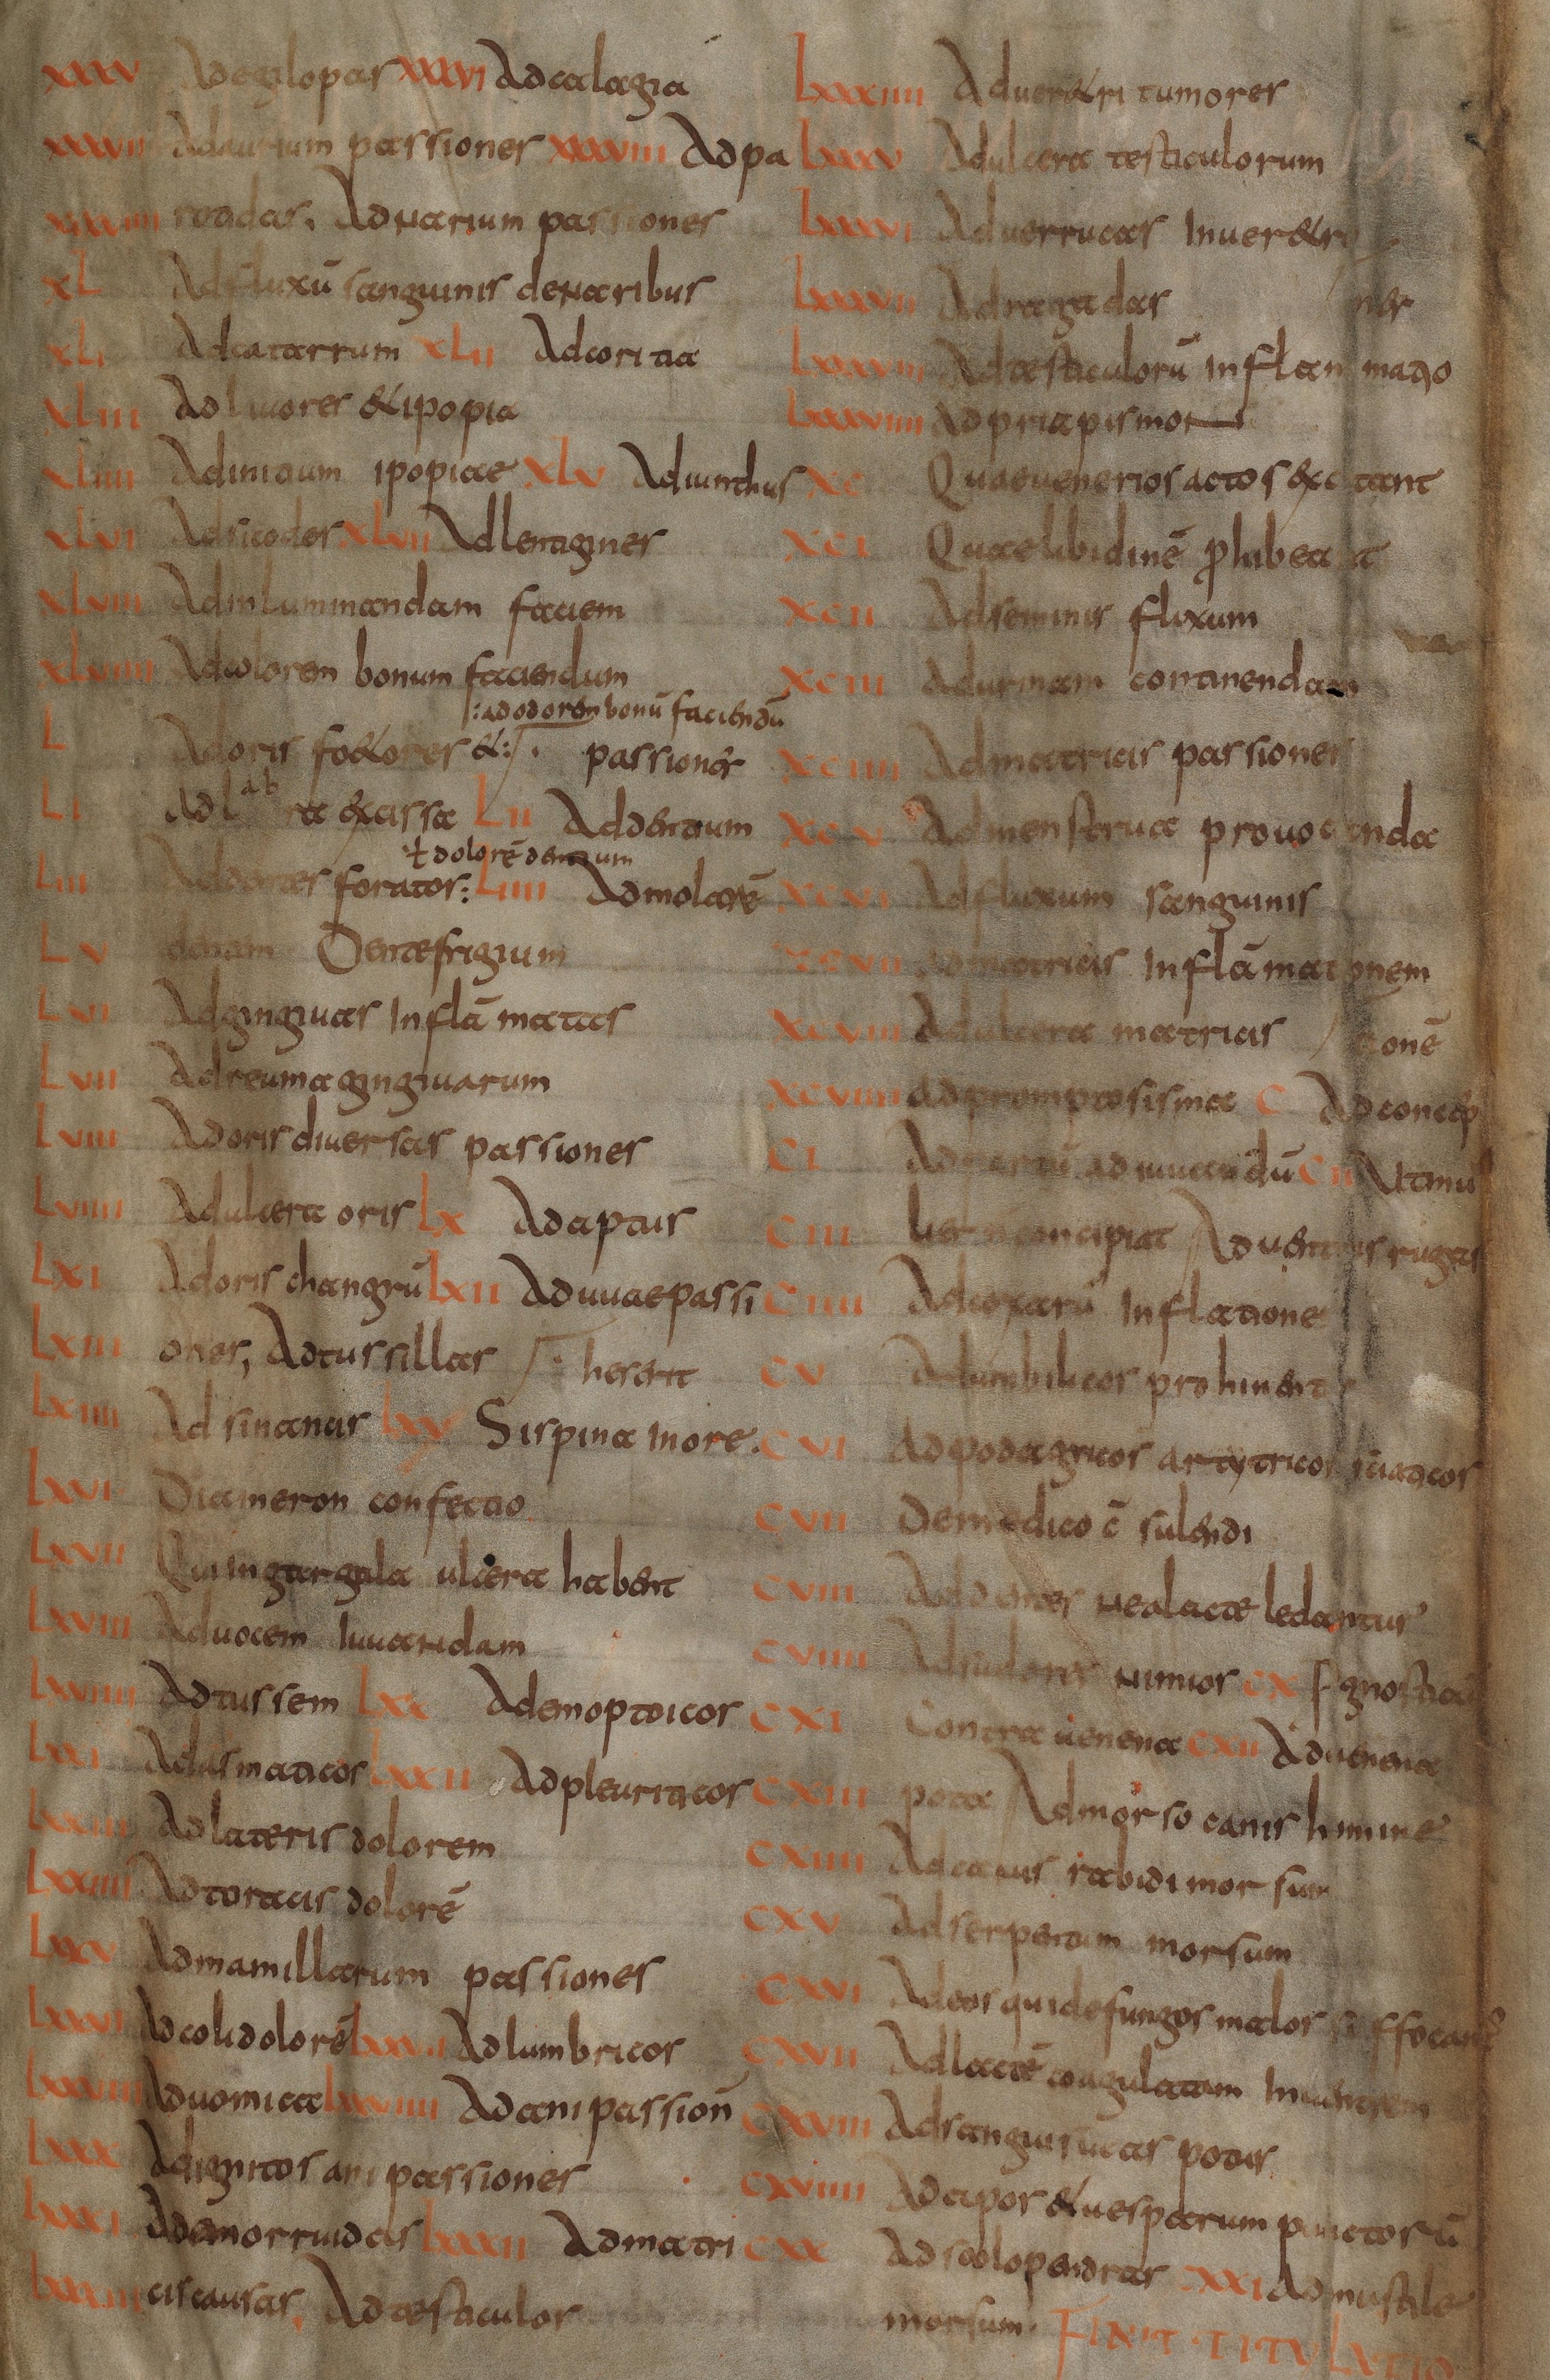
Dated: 800–830